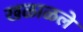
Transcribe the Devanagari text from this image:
खळाळले